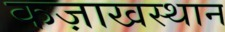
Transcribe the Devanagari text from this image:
कज़ाखस्थान